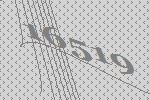
16519